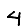
Digit: 4